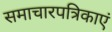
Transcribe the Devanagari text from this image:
समाचारपत्रिकाएं